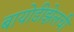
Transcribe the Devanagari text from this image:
बायोडीझेलची